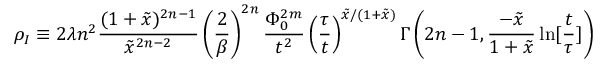
\rho _ { I } \equiv 2 \lambda n ^ { 2 } \frac { ( 1 + \tilde { x } ) ^ { 2 n - 1 } } { \tilde { x } ^ { 2 n - 2 } } \left( \frac { 2 } { \beta } \right) ^ { 2 n } \frac { \Phi _ { 0 } ^ { 2 m } } { t ^ { 2 } } \left( \frac { \tau } { t } \right) ^ { \tilde { x } / ( 1 + \tilde { x } ) } \Gamma \left( 2 n - 1 , \frac { - \tilde { x } } { 1 + \tilde { x } } \ln [ \frac { t } { \tau } ] \right)